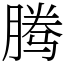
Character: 腾